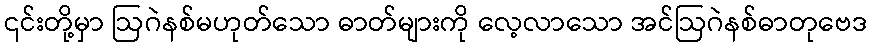
၎င်းတို့မှာ ဩဂဲနစ်မဟုတ်သော ဓာတ်များကို လေ့လာသော အင်ဩဂဲနစ်ဓာတုဗေဒ